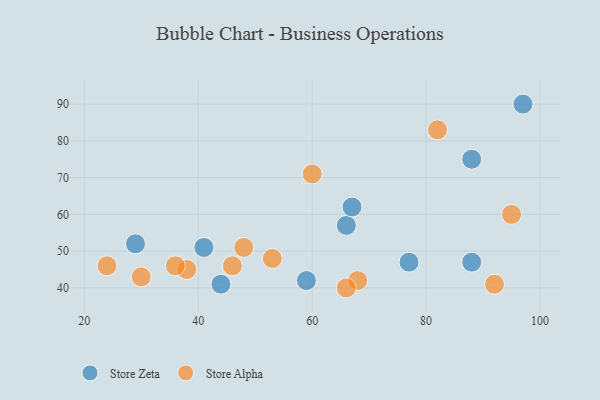
{"axis": {"x": "GDP", "y": "Life Expectancy"}, "legend": ["Store Alpha", "Store Zeta"], "data": [{"x": "44", "y": 41, "type": "Store Zeta"}, {"x": "29", "y": 52, "type": "Store Zeta"}, {"x": "59", "y": 42, "type": "Store Zeta"}, {"x": "97", "y": 90, "type": "Store Zeta"}, {"x": "41", "y": 51, "type": "Store Zeta"}, {"x": "88", "y": 75, "type": "Store Zeta"}, {"x": "66", "y": 57, "type": "Store Zeta"}, {"x": "67", "y": 62, "type": "Store Zeta"}, {"x": "77", "y": 47, "type": "Store Zeta"}, {"x": "88", "y": 47, "type": "Store Zeta"}, {"x": "95", "y": 60, "type": "Store Alpha"}, {"x": "53", "y": 48, "type": "Store Alpha"}, {"x": "24", "y": 46, "type": "Store Alpha"}, {"x": "82", "y": 83, "type": "Store Alpha"}, {"x": "48", "y": 51, "type": "Store Alpha"}, {"x": "92", "y": 41, "type": "Store Alpha"}, {"x": "68", "y": 42, "type": "Store Alpha"}, {"x": "66", "y": 40, "type": "Store Alpha"}, {"x": "38", "y": 45, "type": "Store Alpha"}, {"x": "36", "y": 46, "type": "Store Alpha"}, {"x": "30", "y": 43, "type": "Store Alpha"}, {"x": "46", "y": 46, "type": "Store Alpha"}, {"x": "60", "y": 71, "type": "Store Alpha"}]}